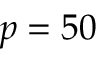
p = 5 0